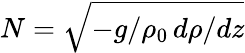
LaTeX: N=\sqrt{-g/\rho_{0}\, d\rho/dz}